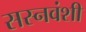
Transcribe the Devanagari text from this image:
सस्नवंशी